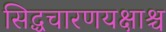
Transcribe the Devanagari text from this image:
सिद्धचारणयक्षाश्च